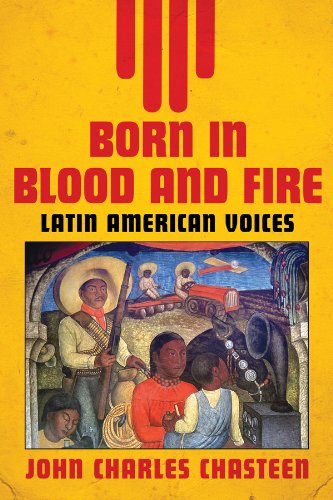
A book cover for Born in Blood and Fire: Latin American Voices; History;